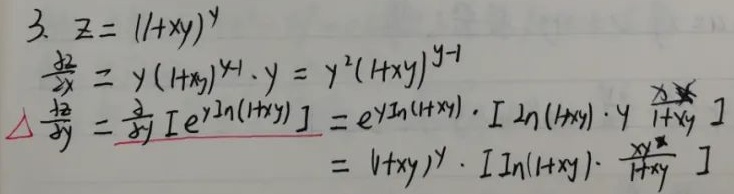
\[
\begin{align*}
3. \quad z&=(1 + xy)^y\\
\frac{\partial z}{\partial x}&=y(1 + xy)^{y - 1}\cdot y=y^2(1 + xy)^{y - 1}\\
\frac{\partial z}{\partial y}&=\frac{\partial}{\partial y}[e^{y\ln(1 + xy)}]=e^{y\ln(1 + xy)}\cdot[\ln(1 + xy)+y\cdot\frac{x}{1 + xy}]\\
&=(1 + xy)^y\cdot[\ln(1 + xy)+\frac{xy}{1 + xy}]
\end{align*}
\]